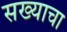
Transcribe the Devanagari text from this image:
सख्याचा